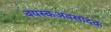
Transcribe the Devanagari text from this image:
वयस्कअवसादक